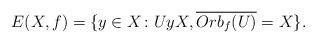
LaTeX: \begin{align*} E(X,f)=\{y\in X\colon U y X, \overline{Orb_f(U)}=X\}.\end{align*}